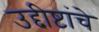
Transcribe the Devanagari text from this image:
उद्दीष्टांचे